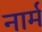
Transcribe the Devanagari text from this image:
नार्म